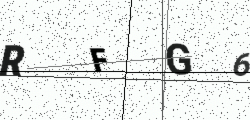
Text: RFG6